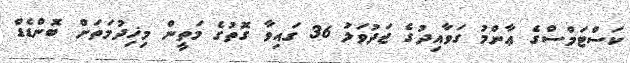
ކަސްޓަމްސްގެ ޢާންމު ގަވާއިދުގެ ޖަދުވަލު 36 ގައިވާ ގޮތުގެ މަތީން މިޚިދުމަތަށް ބޮންޑެޑް